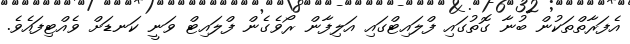
އެފަރާތްތަކުން ބުނާ ގޮތުގައި ފްލައިޓްގައި އަލިފާން ރޯވެގެން ފްލައިޓް ވަނީ ކަނޑަށް ވެއްޓިފައެވެ.